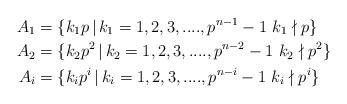
LaTeX: \begin{align*} A_{1} &=\{k_{1}p\,|\,k_{1}= 1,2,3,....,p^{n-1}-1\, \, k_{1}\nmid p \} \\ A_{2} &=\{k_{2}p^2\,|\,k_{2}= 1,2,3,....,p^{n-2}-1\, \, k_{2}\nmid p^2 \}\\ A_{i} &=\{k_{i}p^i\,|\,k_{i}= 1,2,3,....,p^{n-i}-1\, \, k_{i}\nmid p^i \} \end{align*}